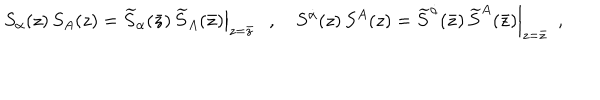
LaTeX: S _ { \alpha } ( z ) \, S _ { A } ( z ) = \left. \widetilde S _ { \alpha } ( \bar { z } ) \, \widetilde S _ { A } ( \bar { z } ) \right| _ { z = \bar { z } } , ~ S ^ { \dot { \alpha } } ( z ) \, S ^ { A } ( z ) = \left. \widetilde S ^ { \dot { \alpha } } ( \bar { z } ) \, \widetilde S ^ { A } ( \bar { z } ) \right| _ { z = \bar { z } } ~ ~ ,